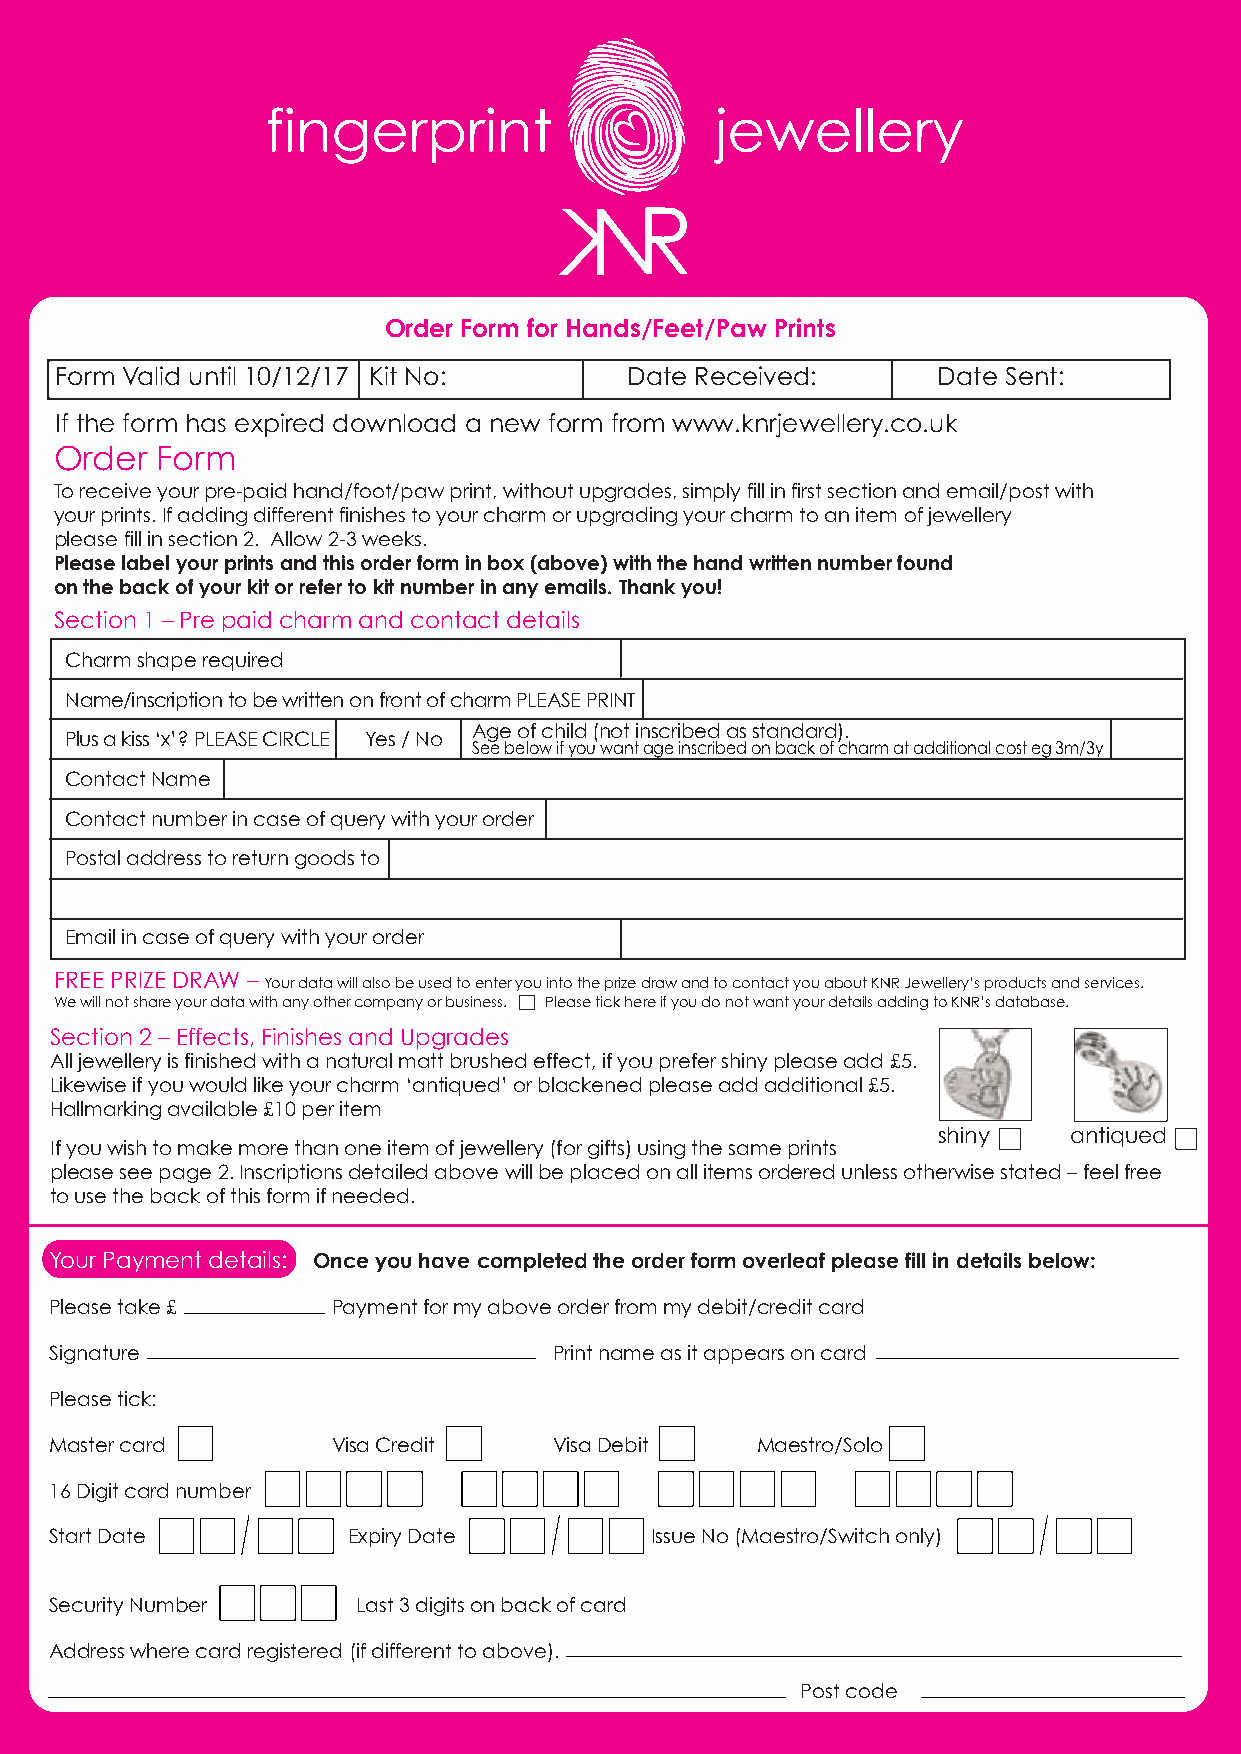
fingerprint                  jewellery
 R
 Order Form for Hands/Feet/Paw Prints
 Form Valid until 10/12/17 Kit No:    Date Received:       Date Sent:
 If the form has expired download a new form from www.knrjewellery.co.uk
 Order Form
 To receive your pre-paid hand/foot/paw print, without upgrades, simply fill in first section and email/post with
 your prints. If adding different finishes to your charm or upgrading your charm to an item of jewellery
 please fill in section 2. Allow 2-3 weeks.
 Please label your prints and this order form in box (above) with the hand written number found
 on the back of your kit or refer to kit number in any emails. Thank you!
 Section 1 – Pre paid charm and contact details
 Charm shape required
 Name/inscription to be written on front of charm PLEASE PRINT
 Age of child (not inscribed as standard).
 Plus a kiss ‘x’? PLEASE CIRCLE Yes / No
 See below if you want age inscribed on back of charm at additional cost eg 3m/3y
 Contact Name
 Contact number in case of query with your order
 Postal address to return goods to
 Email in case of query with your order
 FREE PRIZE DRAW –
 Your data will also be used to enter you into the prize draw and to contact you about KNR Jewellery’s products and services.
 We will not share your data with any other company or business.  Please tick here if you do not want your details adding to KNR’s database.
 Section 2 – Effects, Finishes and Upgrades
 All jewellery is finished with a natural matt brushed effect, if you prefer shiny please add £5.
 Likewise if you would like your charm ‘antiqued’ or blackened please add additional £5.
 Hallmarking available £10 per item
 shiny    antiqued
 If you wish to make more than one item of jewellery (for gifts) using the same prints
 please see page 2. Inscriptions detailed above will be placed on all items ordered unless otherwise stated – feel free
 to use the back of this form if needed.
 Your Payment details: Once you have completed the order form overleaf please fill in details below:
 Please take £      Payment for my above order from my debit/credit card
 Signature                         Print name as it appears on card
 Please tick:
 Master card        Visa Credit    Visa Debit   Maestro/Solo
 16 Digit card number
 Start Date          Expiry Date         Issue No (Maestro/Switch only)
 Security Number      Last 3 digits on back of card
 Address where card registered (if different to above).
 Post code
 K